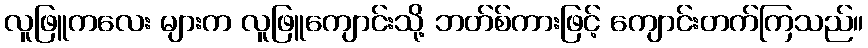
လူဖြူကလေး များက လူဖြူကျောင်းသို့ ဘတ်စ်ကားဖြင့် ကျောင်းတက်ကြသည်။